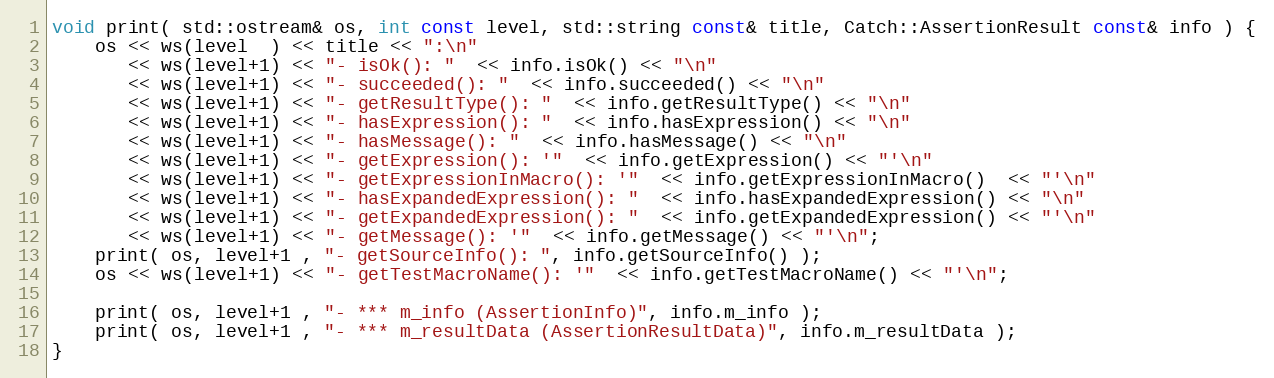
Language: C++
void print( std::ostream& os, int const level, std::string const& title, Catch::AssertionResult const& info ) {
    os << ws(level  ) << title << ":\n"
       << ws(level+1) << "- isOk(): "  << info.isOk() << "\n"
       << ws(level+1) << "- succeeded(): "  << info.succeeded() << "\n"
       << ws(level+1) << "- getResultType(): "  << info.getResultType() << "\n"
       << ws(level+1) << "- hasExpression(): "  << info.hasExpression() << "\n"
       << ws(level+1) << "- hasMessage(): "  << info.hasMessage() << "\n"
       << ws(level+1) << "- getExpression(): '"  << info.getExpression() << "'\n"
       << ws(level+1) << "- getExpressionInMacro(): '"  << info.getExpressionInMacro()  << "'\n"
       << ws(level+1) << "- hasExpandedExpression(): "  << info.hasExpandedExpression() << "\n"
       << ws(level+1) << "- getExpandedExpression(): "  << info.getExpandedExpression() << "'\n"
       << ws(level+1) << "- getMessage(): '"  << info.getMessage() << "'\n";
    print( os, level+1 , "- getSourceInfo(): ", info.getSourceInfo() );
    os << ws(level+1) << "- getTestMacroName(): '"  << info.getTestMacroName() << "'\n";

    print( os, level+1 , "- *** m_info (AssertionInfo)", info.m_info );
    print( os, level+1 , "- *** m_resultData (AssertionResultData)", info.m_resultData );
}